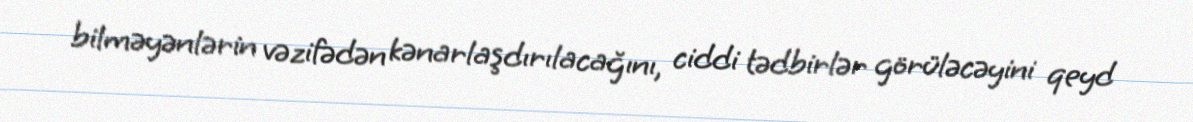
bilməyənlərin vəzifədən kənarlaşdırılacağını, ciddi tədbirlər görüləcəyini qeyd